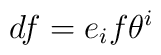
df = e_i f \theta^i